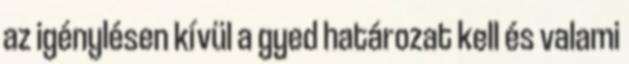
az igénylésen kívül a gyed határozat kell és valami